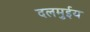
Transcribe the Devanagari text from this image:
दलमुईय